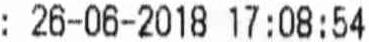
: 26-06-2018 17:08:54